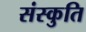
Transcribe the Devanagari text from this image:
संस्कुति